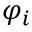
\varphi _ { i }